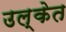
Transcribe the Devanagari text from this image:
उल्केत